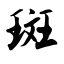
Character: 斑